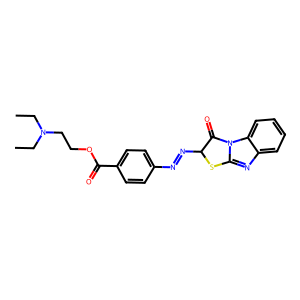
SMILES: CCN(CC)CCOC(=O)c1ccc(N=NC2Sc3nc4ccccc4n3C2=O)cc1
Inhibits HIV replication: No